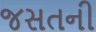
જસતની